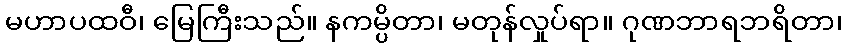
မဟာပထဝီ၊ မြေကြီးသည်။ နကမ္ပိတာ၊ မတုန်လှုပ်ရာ။ ဂုဏဘာရဘရိတာ၊